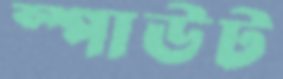
স্পাউট